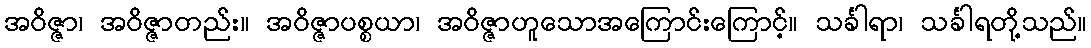
အဝိဇ္ဇာ၊ အဝိဇ္ဇာတည်း။ အဝိဇ္ဇာပစ္စယာ၊ အဝိဇ္ဇာဟူသောအကြောင်းကြောင့်။ သင်္ခါရာ၊ သင်္ခါရတို့သည်။